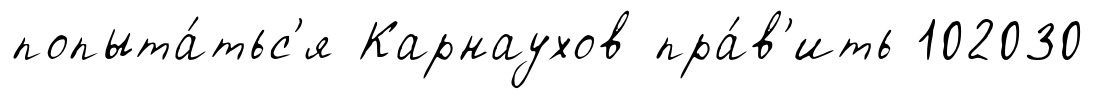
попыта́тьс'я Карнаухов пра́в'ить 102030